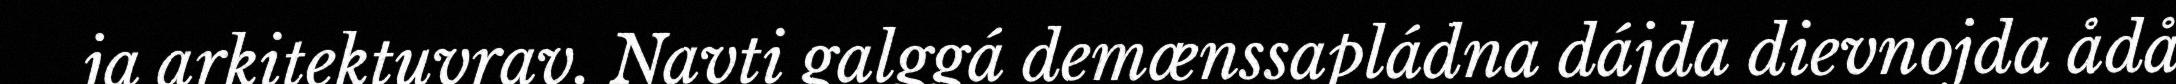
ja arkitektuvrav. Navti galggá demænssapládna dájda dievnojda ådå